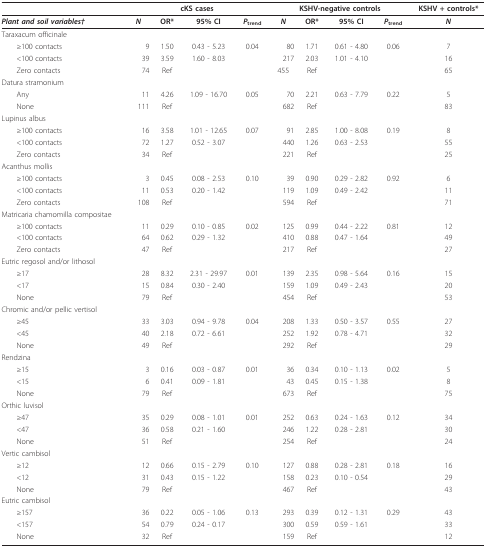
<table><thead><tr><td></td><td colspan="4"><b>cKS cases</b></td><td colspan="4"><b>KSHV-negative controls</b></td><td><b>KSHV + controls*</b></td></tr></thead><tbody><tr><td><b><i>Plant and soil variables†</i></b></td><td><b><i>N</i></b></td><td><b>OR*</b></td><td><b>95% CI</b></td><td><b><i>P</i></b><sub><b>trend</b></sub></td><td><b><i>N</i></b></td><td><b>OR*</b></td><td><b>95% CI</b></td><td><b><i>P</i></b><sub><b>trend</b></sub></td><td><b><i>N</i></b></td></tr><tr><td>Taraxacum officinale</td><td></td><td></td><td></td><td></td><td></td><td></td><td></td><td></td><td></td></tr><tr><td> ≥100 contacts</td><td>9</td><td>1.50</td><td>0.43 - 5.23</td><td>0.04</td><td>80</td><td>1.71</td><td>0.61 - 4.80</td><td>0.06</td><td>7</td></tr><tr><td> &lt;100 contacts</td><td>39</td><td>3.59</td><td>1.60 - 8.03</td><td></td><td>217</td><td>2.03</td><td>1.01 - 4.10</td><td></td><td>16</td></tr><tr><td> Zero contacts</td><td>74</td><td>Ref</td><td></td><td></td><td>455</td><td>Ref</td><td></td><td></td><td>65</td></tr><tr><td>Datura stramonium</td><td></td><td></td><td></td><td></td><td></td><td></td><td></td><td></td><td></td></tr><tr><td> Any</td><td>11</td><td>4.26</td><td>1.09 - 16.70</td><td>0.05</td><td>70</td><td>2.21</td><td>0.63 - 7.79</td><td>0.22</td><td>5</td></tr><tr><td> None</td><td>111</td><td>Ref</td><td></td><td></td><td>682</td><td>Ref</td><td></td><td></td><td>83</td></tr><tr><td>Lupinus albus</td><td></td><td></td><td></td><td></td><td></td><td></td><td></td><td></td><td></td></tr><tr><td> ≥100 contacts</td><td>16</td><td>3.58</td><td>1.01 - 12.65</td><td>0.07</td><td>91</td><td>2.85</td><td>1.00 - 8.08</td><td>0.19</td><td>8</td></tr><tr><td> &lt;100 contacts</td><td>72</td><td>1.27</td><td>0.52 - 3.07</td><td></td><td>440</td><td>1.26</td><td>0.63 - 2.53</td><td></td><td>55</td></tr><tr><td> Zero contacts</td><td>34</td><td>Ref</td><td></td><td></td><td>221</td><td>Ref</td><td></td><td></td><td>25</td></tr><tr><td>Acanthus mollis</td><td></td><td></td><td></td><td></td><td></td><td></td><td></td><td></td><td></td></tr><tr><td> ≥100 contacts</td><td>3</td><td>0.45</td><td>0.08 - 2.53</td><td>0.10</td><td>39</td><td>0.90</td><td>0.29 - 2.82</td><td>0.92</td><td>6</td></tr><tr><td> &lt;100 contacts</td><td>11</td><td>0.53</td><td>0.20 - 1.42</td><td></td><td>119</td><td>1.09</td><td>0.49 - 2.42</td><td></td><td>11</td></tr><tr><td> Zero contacts</td><td>108</td><td>Ref</td><td></td><td></td><td>594</td><td>Ref</td><td></td><td></td><td>71</td></tr><tr><td>Matricaria chamomilla compositae</td><td></td><td></td><td></td><td></td><td></td><td></td><td></td><td></td><td></td></tr><tr><td> ≥100 contacts</td><td>11</td><td>0.29</td><td>0.10 - 0.85</td><td>0.02</td><td>125</td><td>0.99</td><td>0.44 - 2.22</td><td>0.81</td><td>12</td></tr><tr><td> &lt;100 contacts</td><td>64</td><td>0.62</td><td>0.29 - 1.32</td><td></td><td>410</td><td>0.88</td><td>0.47 - 1.64</td><td></td><td>49</td></tr><tr><td> Zero contacts</td><td>47</td><td>Ref</td><td></td><td></td><td>217</td><td>Ref</td><td></td><td></td><td>27</td></tr><tr><td>Eutric regosol and/or lithosol</td><td></td><td></td><td></td><td></td><td></td><td></td><td></td><td></td><td></td></tr><tr><td> ≥17</td><td>28</td><td>8.32</td><td>2.31 - 29.97</td><td>0.01</td><td>139</td><td>2.35</td><td>0.98 - 5.64</td><td>0.16</td><td>15</td></tr><tr><td> &lt;17</td><td>15</td><td>0.84</td><td>0.30 - 2.40</td><td></td><td>159</td><td>1.09</td><td>0.49 - 2.43</td><td></td><td>20</td></tr><tr><td> None</td><td>79</td><td>Ref</td><td></td><td></td><td>454</td><td>Ref</td><td></td><td></td><td>53</td></tr><tr><td>Chromic and/or pellic vertisol</td><td></td><td></td><td></td><td></td><td></td><td></td><td></td><td></td><td></td></tr><tr><td> ≥ 45</td><td>33</td><td>3.03</td><td>0.94 - 9.78</td><td>0.04</td><td>208</td><td>1.33</td><td>0.50 - 3.57</td><td>0.55</td><td>27</td></tr><tr><td> &lt; 45</td><td>40</td><td>2.18</td><td>0.72 - 6.61</td><td></td><td>252</td><td>1.92</td><td>0.78 - 4.71</td><td></td><td>32</td></tr><tr><td> None</td><td>49</td><td>Ref</td><td></td><td></td><td>292</td><td>Ref</td><td></td><td></td><td>29</td></tr><tr><td>Rendzina</td><td></td><td></td><td></td><td></td><td></td><td></td><td></td><td></td><td></td></tr><tr><td> ≥15</td><td>3</td><td>0.16</td><td>0.03 - 0.87</td><td>0.01</td><td>36</td><td>0.34</td><td>0.10 - 1.13</td><td>0.02</td><td>5</td></tr><tr><td> &lt;15</td><td>6</td><td>0.41</td><td>0.09 - 1.81</td><td></td><td>43</td><td>0.45</td><td>0.15 - 1.38</td><td></td><td>8</td></tr><tr><td> None</td><td>79</td><td>Ref</td><td></td><td></td><td>673</td><td>Ref</td><td></td><td></td><td>75</td></tr><tr><td>Orthic luvisol</td><td></td><td></td><td></td><td></td><td></td><td></td><td></td><td></td><td></td></tr><tr><td> ≥47</td><td>35</td><td>0.29</td><td>0.08 - 1.01</td><td>0.01</td><td>252</td><td>0.63</td><td>0.24 - 1.63</td><td>0.12</td><td>34</td></tr><tr><td> &lt;47</td><td>36</td><td>0.58</td><td>0.21 - 1.60</td><td></td><td>246</td><td>1.22</td><td>0.28 - 2.81</td><td></td><td>30</td></tr><tr><td> None</td><td>51</td><td>Ref</td><td></td><td></td><td>254</td><td>Ref</td><td></td><td></td><td>24</td></tr><tr><td>Vertic cambisol</td><td></td><td></td><td></td><td></td><td></td><td></td><td></td><td></td><td></td></tr><tr><td> ≥12</td><td>12</td><td>0.66</td><td>0.15 - 2.79</td><td>0.10</td><td>127</td><td>0.88</td><td>0.28 - 2.81</td><td>0.18</td><td>16</td></tr><tr><td> &lt;12</td><td>31</td><td>0.43</td><td>0.15 - 1.22</td><td></td><td>158</td><td>0.23</td><td>0.10 - 0.54</td><td></td><td>29</td></tr><tr><td> None</td><td>79</td><td>Ref</td><td></td><td></td><td>467</td><td>Ref</td><td></td><td></td><td>43</td></tr><tr><td>Eutric cambisol</td><td></td><td></td><td></td><td></td><td></td><td></td><td></td><td></td><td></td></tr><tr><td> ≥157</td><td>36</td><td>0.22</td><td>0.05 - 1.06</td><td>0.13</td><td>293</td><td>0.39</td><td>0.12 - 1.31</td><td>0.29</td><td>43</td></tr><tr><td> &lt;157</td><td>54</td><td>0.79</td><td>0.24 - 0.17</td><td></td><td>300</td><td>0.59</td><td>0.59 - 1.61</td><td></td><td>33</td></tr><tr><td> None</td><td>32</td><td>Ref</td><td></td><td></td><td>159</td><td>Ref</td><td></td><td></td><td>12</td></tr></tbody></table>